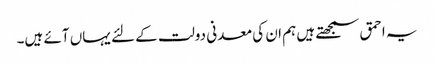
یہ احمق سمجھتے ہیں ہم ان کی معدنی دولت کے لئے یہاں آئے ہیں۔